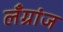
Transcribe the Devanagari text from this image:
लँग्रांज